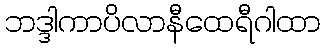
ဘဒ္ဒါကာပိလာနီထေရီဂါထာ